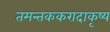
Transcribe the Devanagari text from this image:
तमन्तककरादाकृष्य